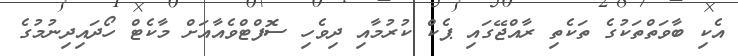
އެކި ބާވަތްތަކުގެ ތަކެތި ރާއްޖޭގައި ޕެކް ކުރުމާއި ދިވެހި ސޮފްޓްވެއާއަށް މާކެޓް ހޯދައިދިނުމުގެ